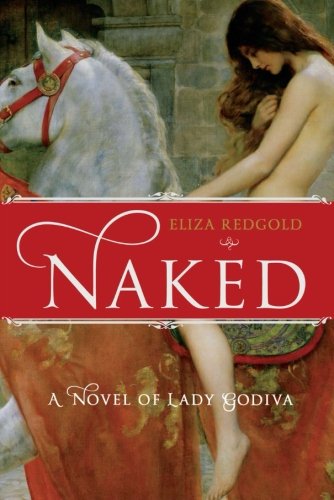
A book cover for Naked: A Novel of Lady Godiva; Eliza Redgold; Romance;